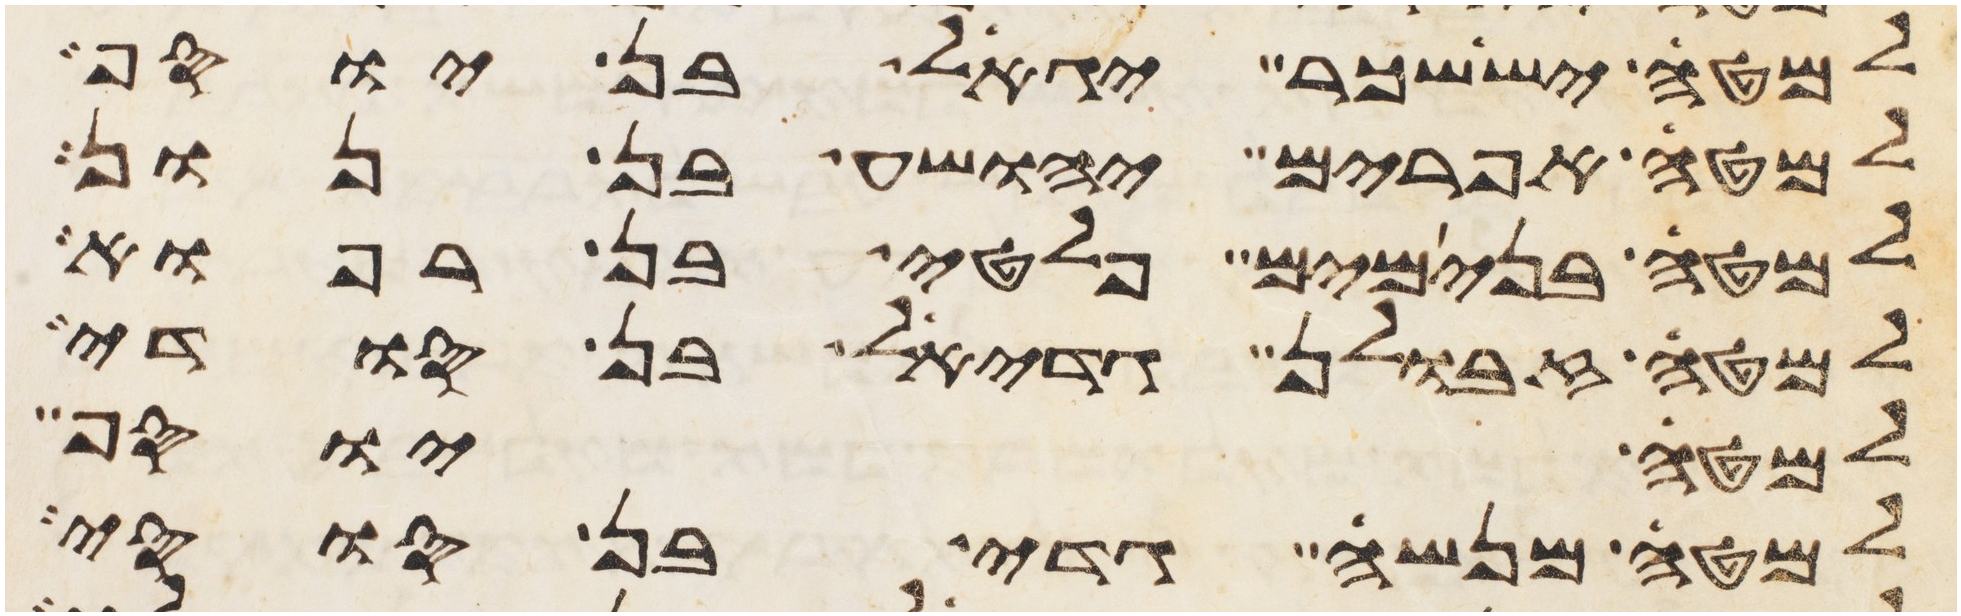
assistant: למטה יששכר יגאל בן יוסף
למטה אפרים יהושע בן נון
למטה בנימים פלטי בן רפוא
למטה זבולן גדיאל בן סודי
למטה יוסף
למטה מנשה גדי בן סוסי